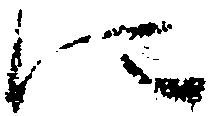
に